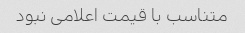
متناسب با قیمت اعلامی نبود